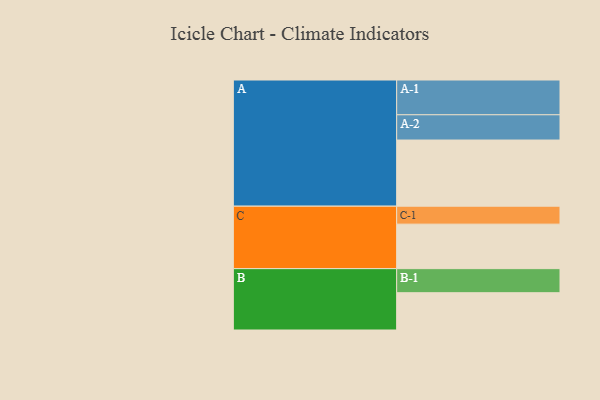
{"axis": {"x": "Segment", "y": "Value"}, "legend": ["", "A", "B", "C"], "data": [{"x": "A", "y": 550, "type": ""}, {"x": "B", "y": 310, "type": ""}, {"x": "C", "y": 370, "type": ""}, {"x": "A-1", "y": 289, "type": "A"}, {"x": "A-2", "y": 210, "type": "A"}, {"x": "B-1", "y": 200, "type": "B"}, {"x": "C-1", "y": 149, "type": "C"}]}